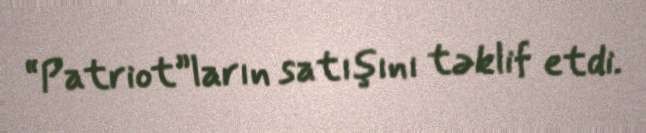
“Patriot”ların satışını təklif etdi.